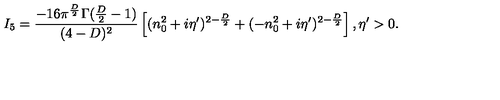
I _ { 5 } = \frac { - 1 6 \pi ^ { \frac { D } { 2 } } \Gamma ( \frac { D } { 2 } - 1 ) } { ( 4 - D ) ^ { 2 } } \left[ ( n _ { 0 } ^ { 2 } + i \eta ^ { \prime } ) ^ { 2 - \frac { D } { 2 } } + ( - n _ { 0 } ^ { 2 } + i \eta ^ { \prime } ) ^ { 2 - \frac { D } { 2 } } \right] , \eta ^ { \prime } > 0 .